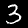
Digit: 3